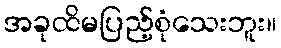
အခုထိမပြည့်စုံသေးဘူး။